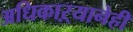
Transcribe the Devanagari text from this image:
अधिकाऱ्यानेही